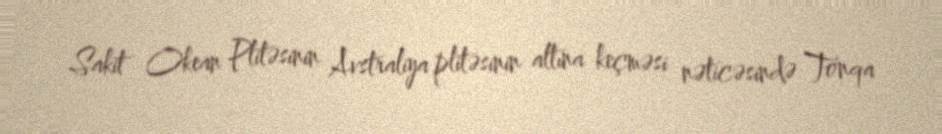
Sakit Okean Plitəsinin Avstraliya plitəsinin altına keçməsi nəticəsində Tonqa